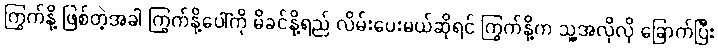
ကြွက်နို့ ဖြစ်တဲ့အခါ ကြွက်နို့ပေါ်ကို မိခင်နို့ရည် လိမ်းပေးမယ်ဆိုရင် ကြွက်နို့က သူ့အလိုလို ခြောက်ပြီး